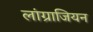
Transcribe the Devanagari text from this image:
लांग्राजियन